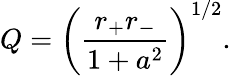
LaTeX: Q=\left({\frac{r_{+}r_{-}}{1+a^{2}}}\right)^{1/2}.